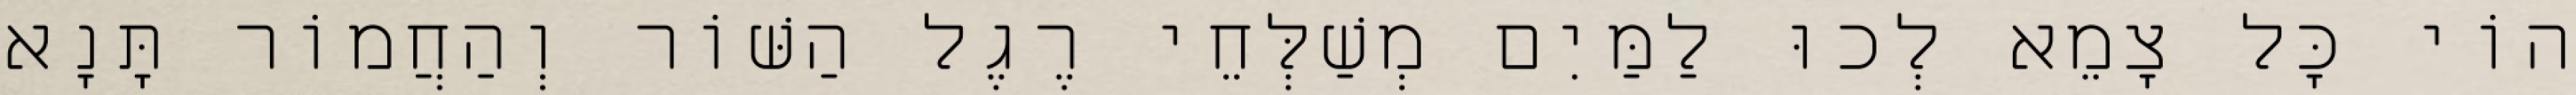
הוֹי כׇּל צָמֵא לְכוּ לַמַּיִם מְשַׁלְּחֵי רֶגֶל הַשּׁוֹר וְהַחֲמוֹר תָּנָא